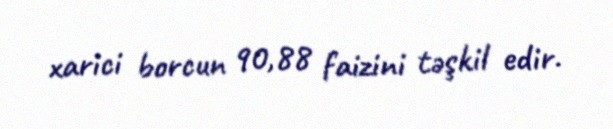
xarici borcun 90,88 faizini təşkil edir.